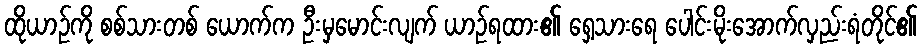
ထိုယာဉ်ကို စစ်သားတစ် ယောက်က ဦးမှမောင်းလျက် ယာဉ်ရထား၏ ရှေ့သားရေ ပေါင်းမိုးအောက်လှည်းရံတိုင်၏